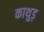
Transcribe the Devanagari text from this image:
काथुड़